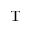
\mathrm { T }